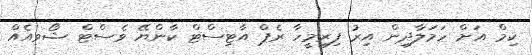
ކިމް އަށް ހަމަލާދިން އިރު ފިރިމީހާ ރެޕް އާޓިސްޓް ކާންޔޭ ވެސްޓް ޝޯވއެއް